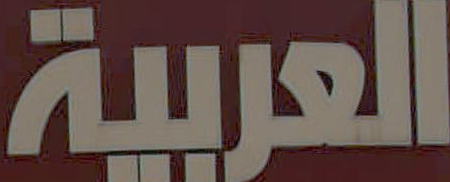
العربية